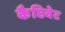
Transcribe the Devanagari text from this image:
कैप्टिवेट